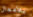
بالأعمال